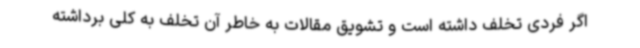
اگر فردی تخلف داشته است و تشویق مقالات به خاطر آن تخلف به کلی برداشته